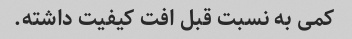
کمی به نسبت قبل افت کیفیت داشته.